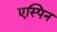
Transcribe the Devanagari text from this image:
एस्पिन